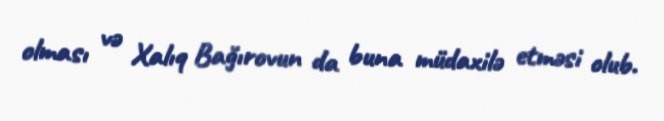
olması və Xalıq Bağırovun da buna müdaxilə etməsi olub.